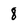
Character: 8